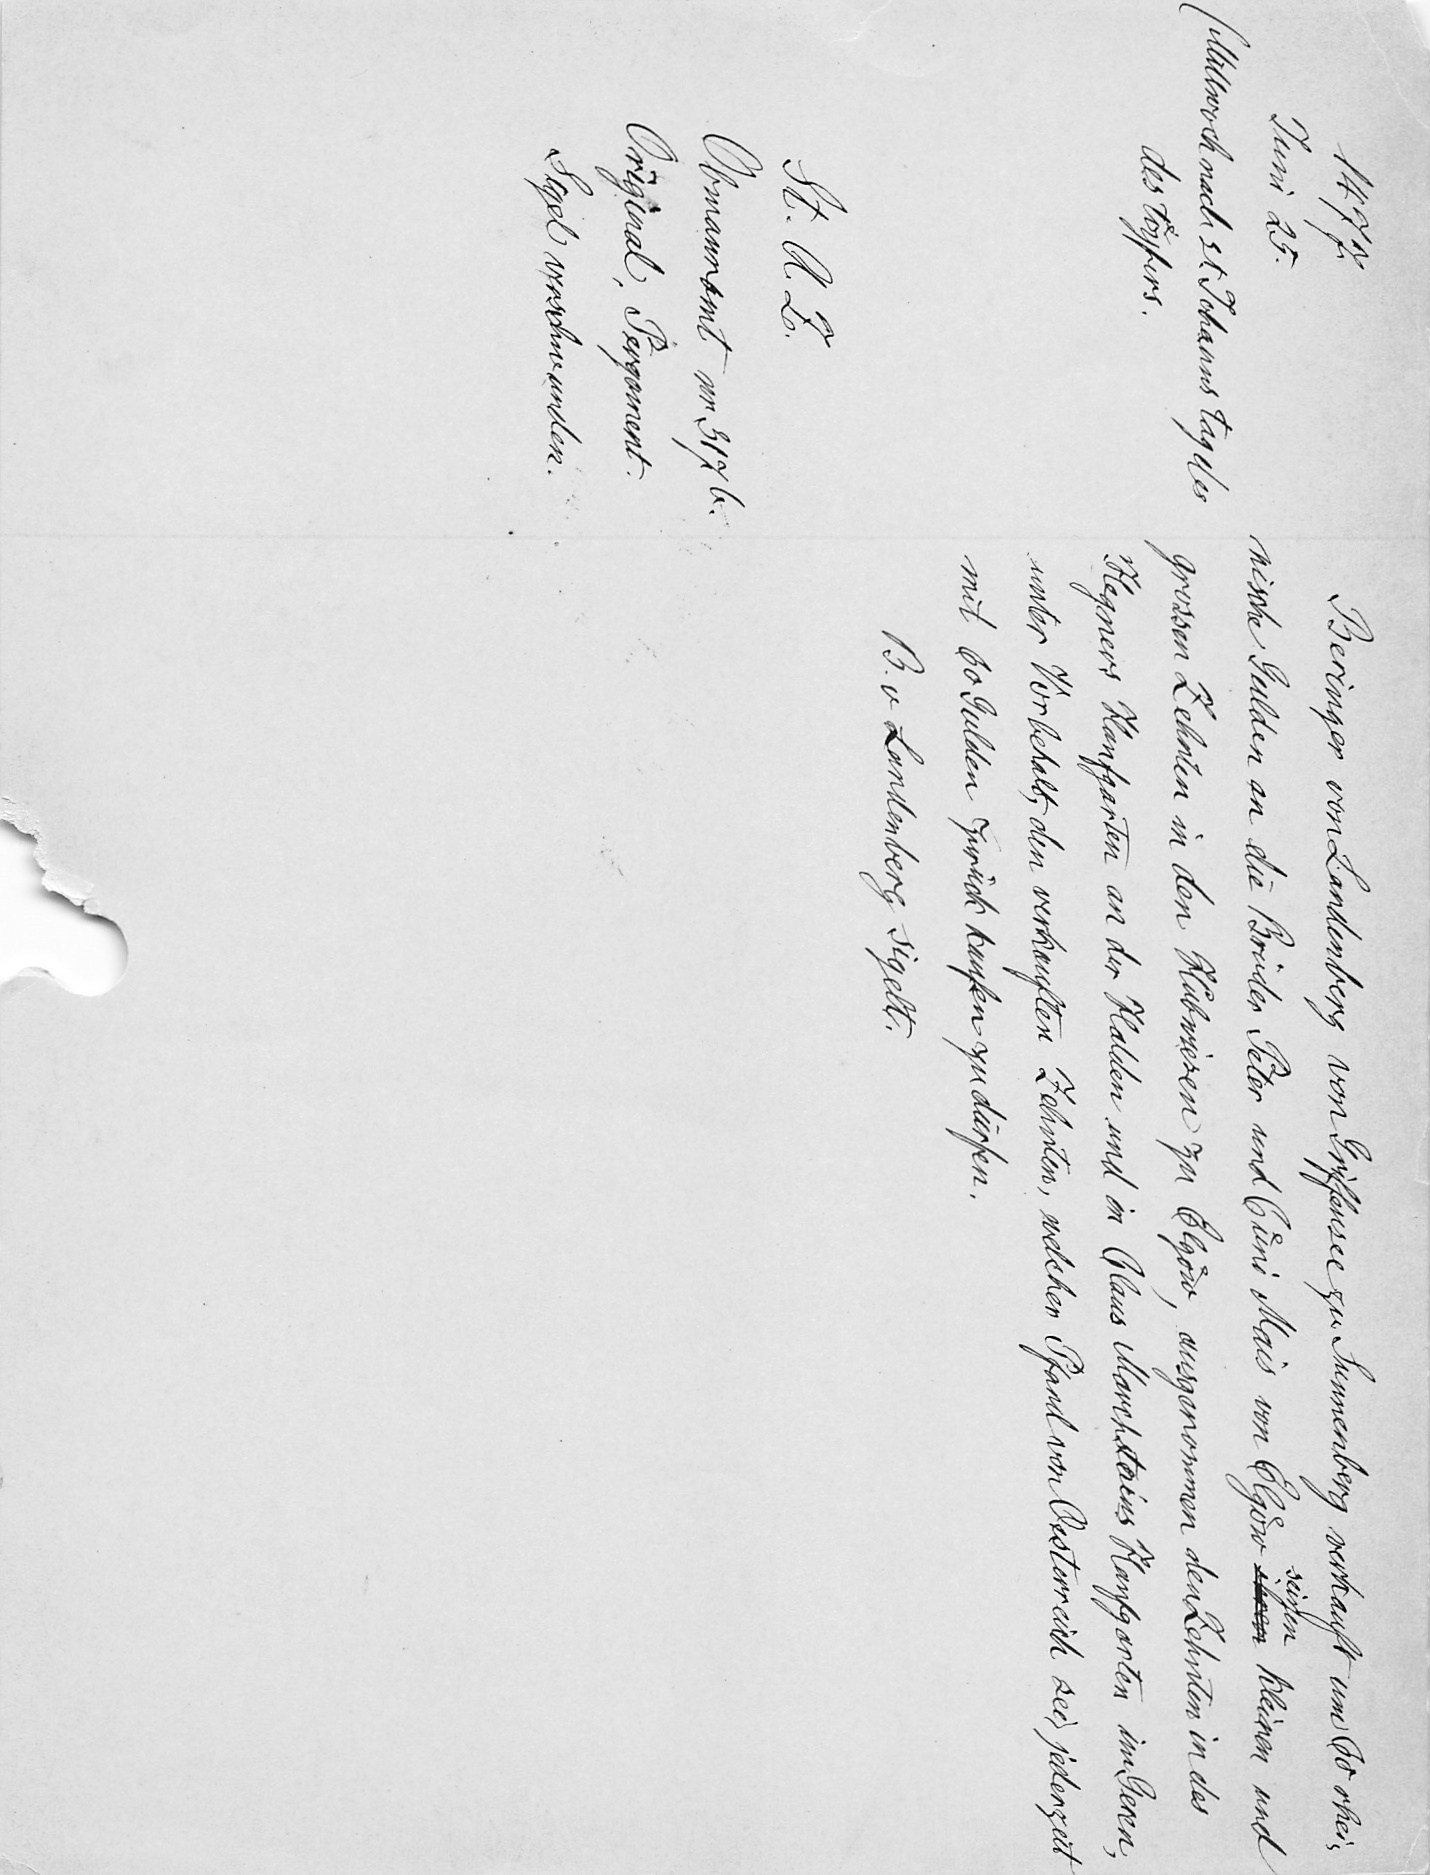
Beringer von Landenberg von Griffensee zu Sunnenberg verkauft um 60 rhei¬
nische Gulden an die Brüder Peter und Cuͤni Mais von Elgoͤw ihren kleinen und
grossen Zehnten in den Hubwiesen zu Elgoͤw, ausgenommen den Zehnten in des
Hegners Hanfgarten an der Halden und in Claus Marchstains Hanfgarten im Geren,
unter Vorbehalt, den verkauften Zehnten, welcher Pfand von Oesterreich sei, jederzeit
mit 60 Gulden zurück kaufen zu dürfen.
B. v. Landenberg sigelt.

1477.
Juni 25.
(Mittwoch nach st. Johanns tag des
des toͤyfers.
St. A. Z.
Obmannamt nr. 317 b.
Original Pergament.
Sigel verschwunden.